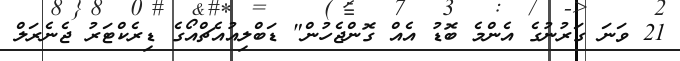
21 ވަނަ ގަރުނުގެ އެންމެ ބޮޑު އެއް ގޮންޖެހުން" ޑަބްލިއުއެޗްއޯގެ ޑިރެކްޓަރު ޖެނެރަލް